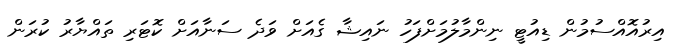
އިރުއޮއްސުމުން ޑިއުޓީ ނިންމާލުމަށްފަހު ނައިޝާ ގެއަށް ވަދެ ސަނާއަށް ކޮޓަރި ތައްޔާރު ކުރަން